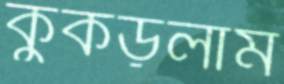
কুঁকড়লাম